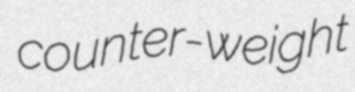
counter-weight